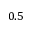
0 . 5